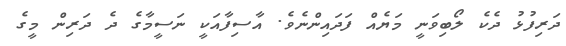
ދަރިފުޅު ދެކެ ލޯބިވަނީ މަޔެއް ފަދައިންނެވެ. އާސިފާއަކީ ނަސީމާގެ ދެ ދަރިން މީގެ